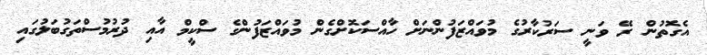
އެގޮތުން ރޭ ވަނީ ސަރުކާރުގެ މުވައްޒަފުންނަށް ހާއްސަކޮށްގެން މުވައްޒަފުންގެ ސްކީމް އާއި ދުރުމުސްތަގުބަލުގައި